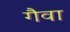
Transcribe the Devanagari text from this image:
गैवा